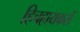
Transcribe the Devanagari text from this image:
हिचहायकर्स